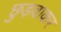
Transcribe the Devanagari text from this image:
छुड़वाकर